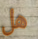
هل